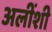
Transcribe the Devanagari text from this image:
अलींशी